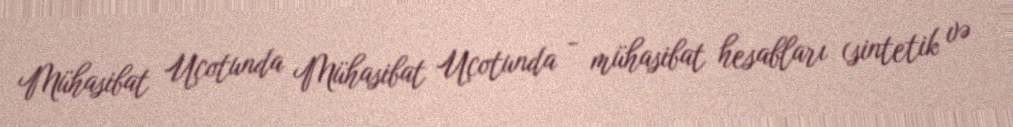
Mühasibat Uçotunda Mühasibat Uçotunda - mühasibat hesabları (sintetik və